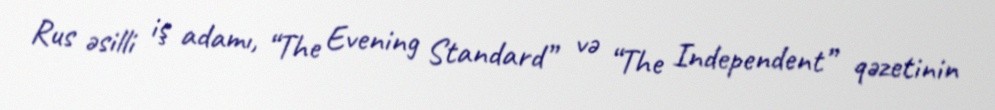
Rus əsilli iş adamı, “The Evening Standard” və “The Independent” qəzetinin